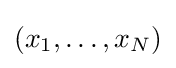
\left(x_{1},\dots ,x_{N}\right)